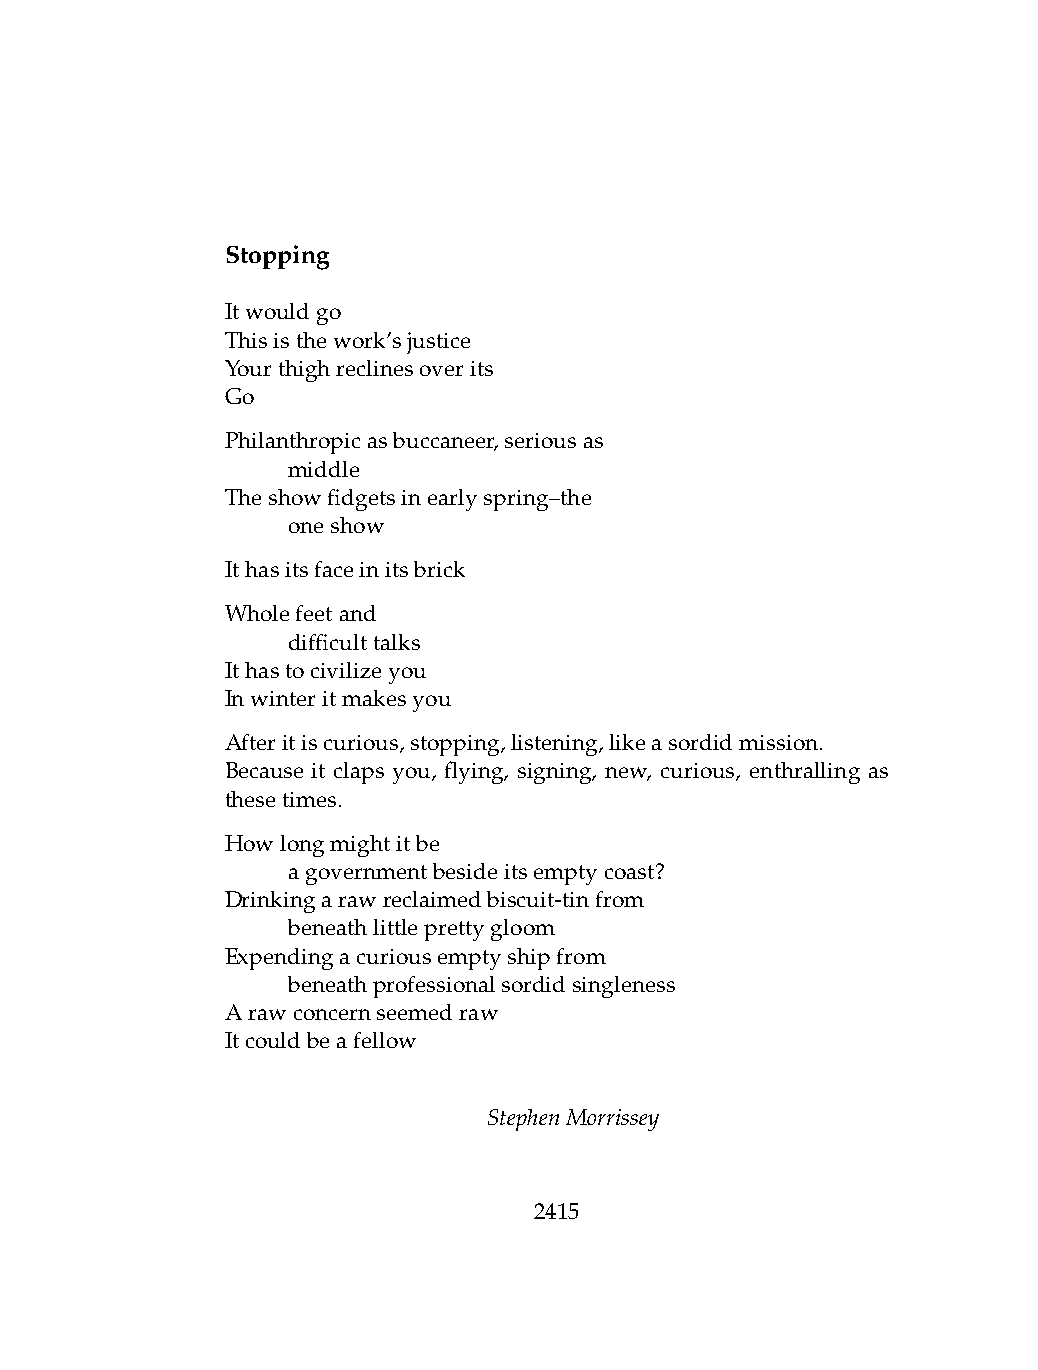
Stopping
 Itwouldgo
 Thisisthework’sjustice
 Yourthighreclinesoverits
 Go
 Philanthropicasbuccaneer,seriousas
 .   middle
 Theshowfidgetsinearlyspring–the
 .   oneshow
 Ithasitsfaceinitsbrick
 Wholefeetand
 .   difficulttalks
 Ithastocivilizeyou
 Inwinteritmakesyou
 Afteritiscurious,stopping,listening,likeasordidmission.
 Because it claps you, flying, signing, new, curious, enthralling as
 thesetimes.
 Howlongmightitbe
 .   agovernmentbesideitsemptycoast?
 Drinkingarawreclaimedbiscuit-tinfrom
 .   beneathlittleprettygloom
 Expendingacuriousemptyshipfrom
 .   beneathprofessionalsordidsingleness
 Arawconcernseemedraw
 Itcouldbeafellow
 StephenMorrissey
 2415